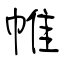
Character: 帷